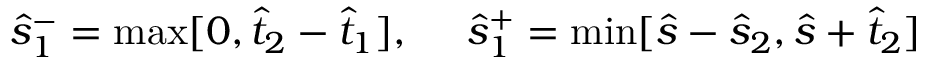
\hat { s } _ { 1 } ^ { - } = \operatorname * { m a x } [ 0 , \hat { t } _ { 2 } - \hat { t } _ { 1 } ] , ~ ~ ~ ~ \hat { s } _ { 1 } ^ { + } = \operatorname * { m i n } [ \hat { s } - \hat { s } _ { 2 } , \hat { s } + \hat { t } _ { 2 } ]